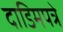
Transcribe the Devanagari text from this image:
दाडिमपत्रे